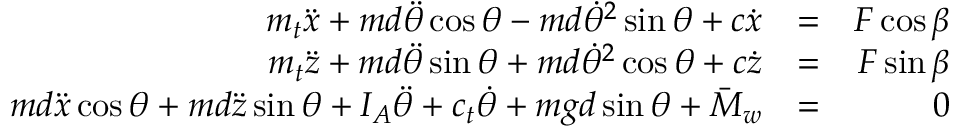
\begin{array} { r l r } { m _ { t } \ddot { x } + m d \ddot { \theta } \cos \theta - m d \dot { \theta } ^ { 2 } \sin \theta + c \dot { x } } & { = } & { F \cos \beta } \\ { m _ { t } \ddot { z } + m d \ddot { \theta } \sin \theta + m d \dot { \theta } ^ { 2 } \cos \theta + c \dot { z } } & { = } & { F \sin \beta } \\ { m d \ddot { x } \cos \theta + m d \ddot { z } \sin \theta + I _ { A } \ddot { \theta } + c _ { t } \dot { \theta } + m g d \sin \theta + \bar { M } _ { w } } & { = } & { 0 } \end{array}